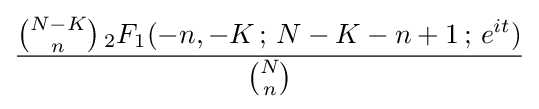
{\frac {{\binom {N-K}{n}}\,_{2}F_{1}(-n,-K\,;\,N-K-n+1\,;\,e^{it})}{\binom {N}{n}}}